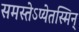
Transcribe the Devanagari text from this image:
समस्तेऽप्येतस्मिन्